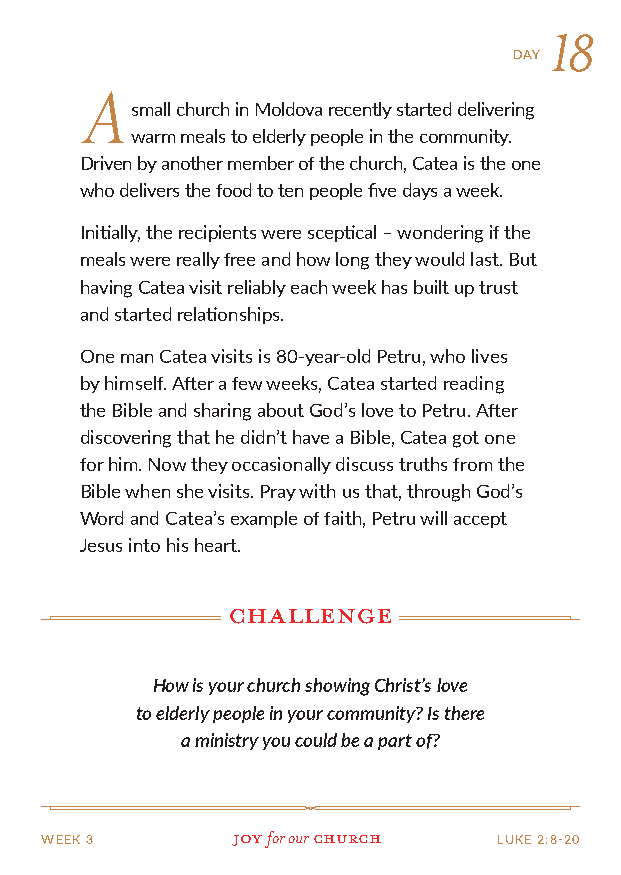
18
 DAY
 A
 small church in Moldova recently started delivering
 warm meals to elderly people in the community.
 Driven by another member of the church, Catea is the one
 who delivers the food to ten people five days a week.
 Initially, the recipients were sceptical – wondering if the
 meals were really free and how long they would last. But
 having Catea visit reliably each week has built up trust
 and started relationships.
 One man Catea visits is 80-year-old Petru, who lives
 by himself. After a few weeks, Catea started reading
 the Bible and sharing about God’s love to Petru. After
 discovering that he didn’t have a Bible, Catea got one
 for him. Now they occasionally discuss truths from the
 Bible when she visits. Pray with us that, through God’s
 Word and Catea’s example of faith, Petru will accept
 Jesus into his heart.
 challenge
 How is your church showing Christ’s love
 to elderly people in your community? Is there
 a ministry you could be a part of?
 WEEK 3      Joy for our church LUKE 2:8-20